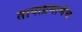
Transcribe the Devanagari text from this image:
तापाप्रमाणेच